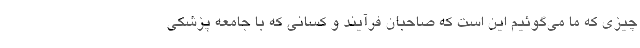
چیزی که ما می‌گوئیم این است که صاحبان فرآیند و کسانی که با جامعه پزشکی